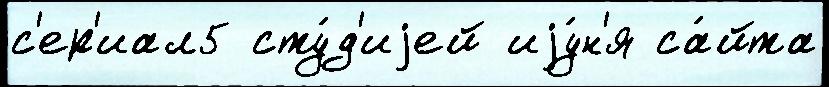
с'ер'иал5 сту́д'иjей иjу́н'я са́йта